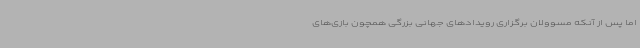
اما پس از آنکه مسوولان برگزاری رویدادهای جهانی بزرگی همچون بازی‌های